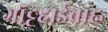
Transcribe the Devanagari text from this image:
गॉट्टहार्डबाह्न